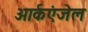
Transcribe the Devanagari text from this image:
आर्कएंजेल